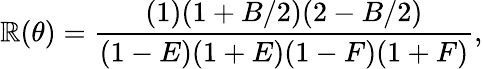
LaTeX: \mathbb{R}(\theta)=\frac{{(1)(1+B/2)(2-B/2)}}{{(1-E)(1+E)(1-F)(1+F)}},